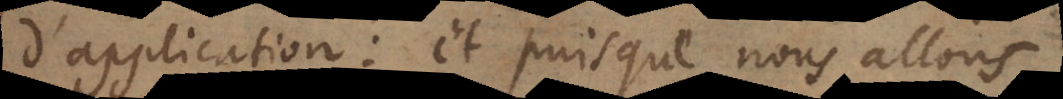
d’application: et puisque nous allons